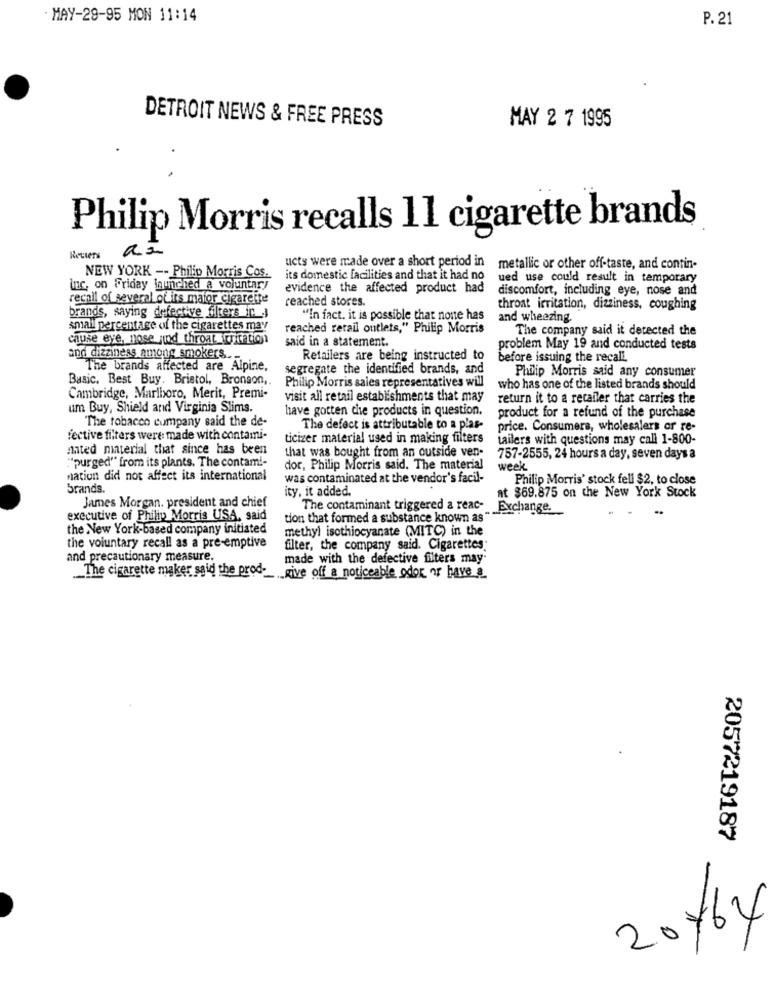
MAY-29-95 MON 11:14
P. 21
DETROIT NEWS & FREE PRESS
MAY 2 7 1995
Philip Morris recalls 11 cigarette brands
Reuters
ucts were made over a short period in
metallic or other off-taste, and contin-
NEW YORK -- Philip Morris Cos.
its domestic facilities and that it had no
ued use could result in temporary
inc. on friday launched a voluntary
evidence the affected product had
discomfort, including eye, nose and
recall of several of its maior cigarette
reached stores.
throat irritation, dizziness, coughing
brands, saying defective filters in
"In fact. it is possible that none has
and wheezing.
small percentage of the cigarettes may
reached retail outlets," Philip Morris
The company said it detected the
cause eye, nose and throat citation
said in a statement.
problem May 19 and conducted tests
and dizziness among smokers ..
Retailers are being instructed to
before issuing the recall.
The brands affected are Alpine,
segregate the identified brands, and
Philip Morris said any consumer
Basic. Best Buy. Bristol, Bronson,
Philip Morris sales representatives will
who has one of the listed brands should
Cambridge, Marlboro, Merit, Premi-
visit all retail establishments that may
return it to a recaller that carries the
um Buy, Shield and Virginia Slims.
have gotten the products in question.
product for a refund of the purchase
The tobacco cumpany said the de-
The defect is attributable to a plas-
price. Consumers, wholesalers or re-
fective filters were made with contami-
ticizer material used in making filters
tailers with questions may call 1-800-
nated ninterial that since has been
that was bought from an outside ven-
""purged" from its plants. The contami-
757-2555, 24 hours a day, seven days a
dor, Philip Morris said. The material
week
nation did not affect its international
was contaminated at the vendor's facil-
Philip Morris' stock fell $2, to close
brands.
ity, it added
at $69.875 on the New York Stock
James Morgan. president and chief
The contaminant triggered a reac-
Exchange.
executive of Philip Morris USA, said
tion that formed a substance known as
the New York-based company initiated
methyl isothiocyanate (MITC) in the
the voluntary recall as a pre-emptive
filter, the company said. Cigarettes
and precautionary measure.
made with the defective filters may
The cigarette maker said the prod -_ give off a noticeable odor or have &
2057219187
20764